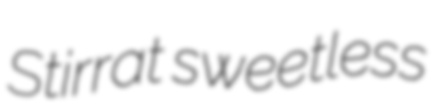
Stirrat sweetless